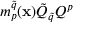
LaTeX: m _ { p } ^ { \tilde { q } } ( { \bf x } ) \tilde { Q } _ { \tilde { q } } Q ^ { p }